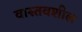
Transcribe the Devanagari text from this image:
वास्तवशील